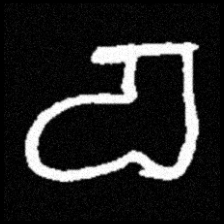
Pyu character \u2014 Myanmar letter: စ (romanized: ca)